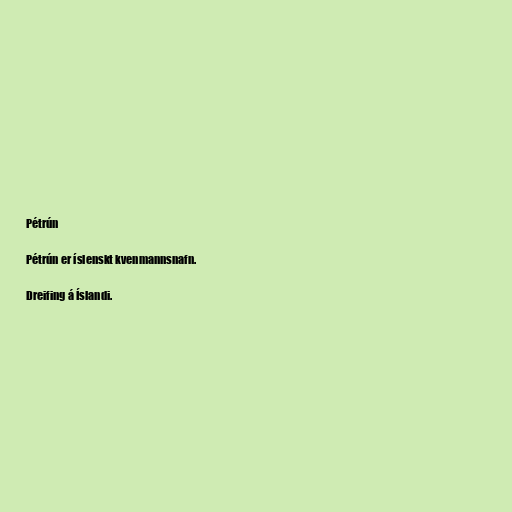
Pétrún

Pétrún er íslenskt kvenmannsnafn.

Dreifing á Íslandi.